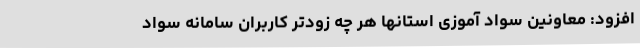
افزود: معاونین سواد آموزی استانها هر چه زودتر کاربران سامانه سواد